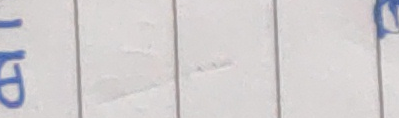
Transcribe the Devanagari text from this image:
पि